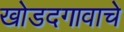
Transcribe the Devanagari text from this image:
खोडदगावाचे